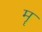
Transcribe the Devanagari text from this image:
मॄ